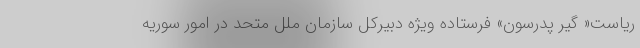
ریاست« گیر پدرسون» فرستاده ویژه دبیرکل سازمان ملل متحد در امور سوریه